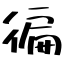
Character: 徧